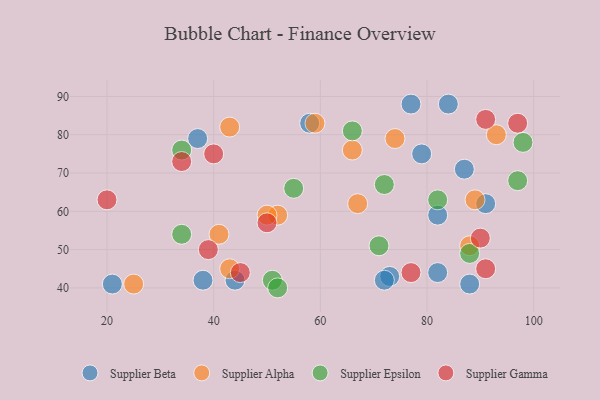
{"axis": {"x": "GDP", "y": "Life Expectancy"}, "legend": ["Supplier Alpha", "Supplier Beta", "Supplier Epsilon", "Supplier Gamma"], "data": [{"x": "73", "y": 43, "type": "Supplier Beta"}, {"x": "87", "y": 71, "type": "Supplier Beta"}, {"x": "84", "y": 88, "type": "Supplier Beta"}, {"x": "58", "y": 83, "type": "Supplier Beta"}, {"x": "79", "y": 75, "type": "Supplier Beta"}, {"x": "21", "y": 41, "type": "Supplier Beta"}, {"x": "82", "y": 44, "type": "Supplier Beta"}, {"x": "91", "y": 62, "type": "Supplier Beta"}, {"x": "88", "y": 41, "type": "Supplier Beta"}, {"x": "44", "y": 42, "type": "Supplier Beta"}, {"x": "72", "y": 42, "type": "Supplier Beta"}, {"x": "82", "y": 59, "type": "Supplier Beta"}, {"x": "38", "y": 42, "type": "Supplier Beta"}, {"x": "77", "y": 88, "type": "Supplier Beta"}, {"x": "37", "y": 79, "type": "Supplier Beta"}, {"x": "59", "y": 83, "type": "Supplier Alpha"}, {"x": "66", "y": 76, "type": "Supplier Alpha"}, {"x": "43", "y": 45, "type": "Supplier Alpha"}, {"x": "93", "y": 80, "type": "Supplier Alpha"}, {"x": "52", "y": 59, "type": "Supplier Alpha"}, {"x": "43", "y": 82, "type": "Supplier Alpha"}, {"x": "67", "y": 62, "type": "Supplier Alpha"}, {"x": "41", "y": 54, "type": "Supplier Alpha"}, {"x": "25", "y": 41, "type": "Supplier Alpha"}, {"x": "50", "y": 59, "type": "Supplier Alpha"}, {"x": "89", "y": 63, "type": "Supplier Alpha"}, {"x": "74", "y": 79, "type": "Supplier Alpha"}, {"x": "88", "y": 51, "type": "Supplier Alpha"}, {"x": "34", "y": 54, "type": "Supplier Epsilon"}, {"x": "97", "y": 68, "type": "Supplier Epsilon"}, {"x": "34", "y": 76, "type": "Supplier Epsilon"}, {"x": "88", "y": 49, "type": "Supplier Epsilon"}, {"x": "51", "y": 42, "type": "Supplier Epsilon"}, {"x": "55", "y": 66, "type": "Supplier Epsilon"}, {"x": "71", "y": 51, "type": "Supplier Epsilon"}, {"x": "72", "y": 67, "type": "Supplier Epsilon"}, {"x": "98", "y": 78, "type": "Supplier Epsilon"}, {"x": "82", "y": 63, "type": "Supplier Epsilon"}, {"x": "66", "y": 81, "type": "Supplier Epsilon"}, {"x": "52", "y": 40, "type": "Supplier Epsilon"}, {"x": "40", "y": 75, "type": "Supplier Gamma"}, {"x": "45", "y": 44, "type": "Supplier Gamma"}, {"x": "34", "y": 73, "type": "Supplier Gamma"}, {"x": "39", "y": 50, "type": "Supplier Gamma"}, {"x": "97", "y": 83, "type": "Supplier Gamma"}, {"x": "50", "y": 57, "type": "Supplier Gamma"}, {"x": "91", "y": 45, "type": "Supplier Gamma"}, {"x": "77", "y": 44, "type": "Supplier Gamma"}, {"x": "91", "y": 84, "type": "Supplier Gamma"}, {"x": "90", "y": 53, "type": "Supplier Gamma"}, {"x": "20", "y": 63, "type": "Supplier Gamma"}]}